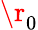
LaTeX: \r_{0}